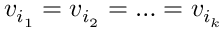
v _ { i _ { 1 } } = v _ { i _ { 2 } } = \ldots = v _ { i _ { k } }